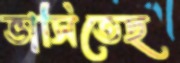
ভাসিতেছ